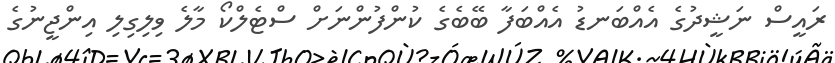
ރައީސް ނަޝީދުގެ އެއްްބަނޑު އެއްބަފާ ބޭބެގެ ކުންފުންނަށް ސްޓެލްކޯ މާލެ ވިލިގިލި އިންޖީނުގެ